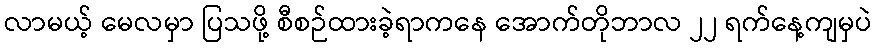
လာမယ့် မေလမှာ ပြသဖို့ စီစဉ်ထားခဲ့ရာကနေ အောက်တိုဘာလ ၂၂ ရက်နေ့ကျမှပဲ